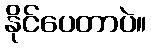
နိုင်ပေတာပဲ။